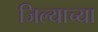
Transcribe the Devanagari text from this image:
जिल्याच्या